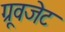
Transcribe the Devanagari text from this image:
ग्रूवजेट